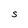
Character: S